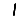
Digit: 1